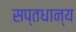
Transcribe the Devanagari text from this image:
सप्तधान्य